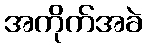
အကိုက်အခဲ